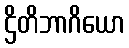
ဌိတိဘာဂိယော